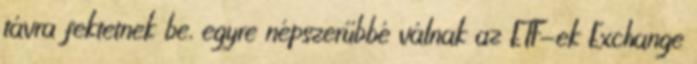
távra fektetnek be, egyre népszerűbbé válnak az ETF-ek Exchange